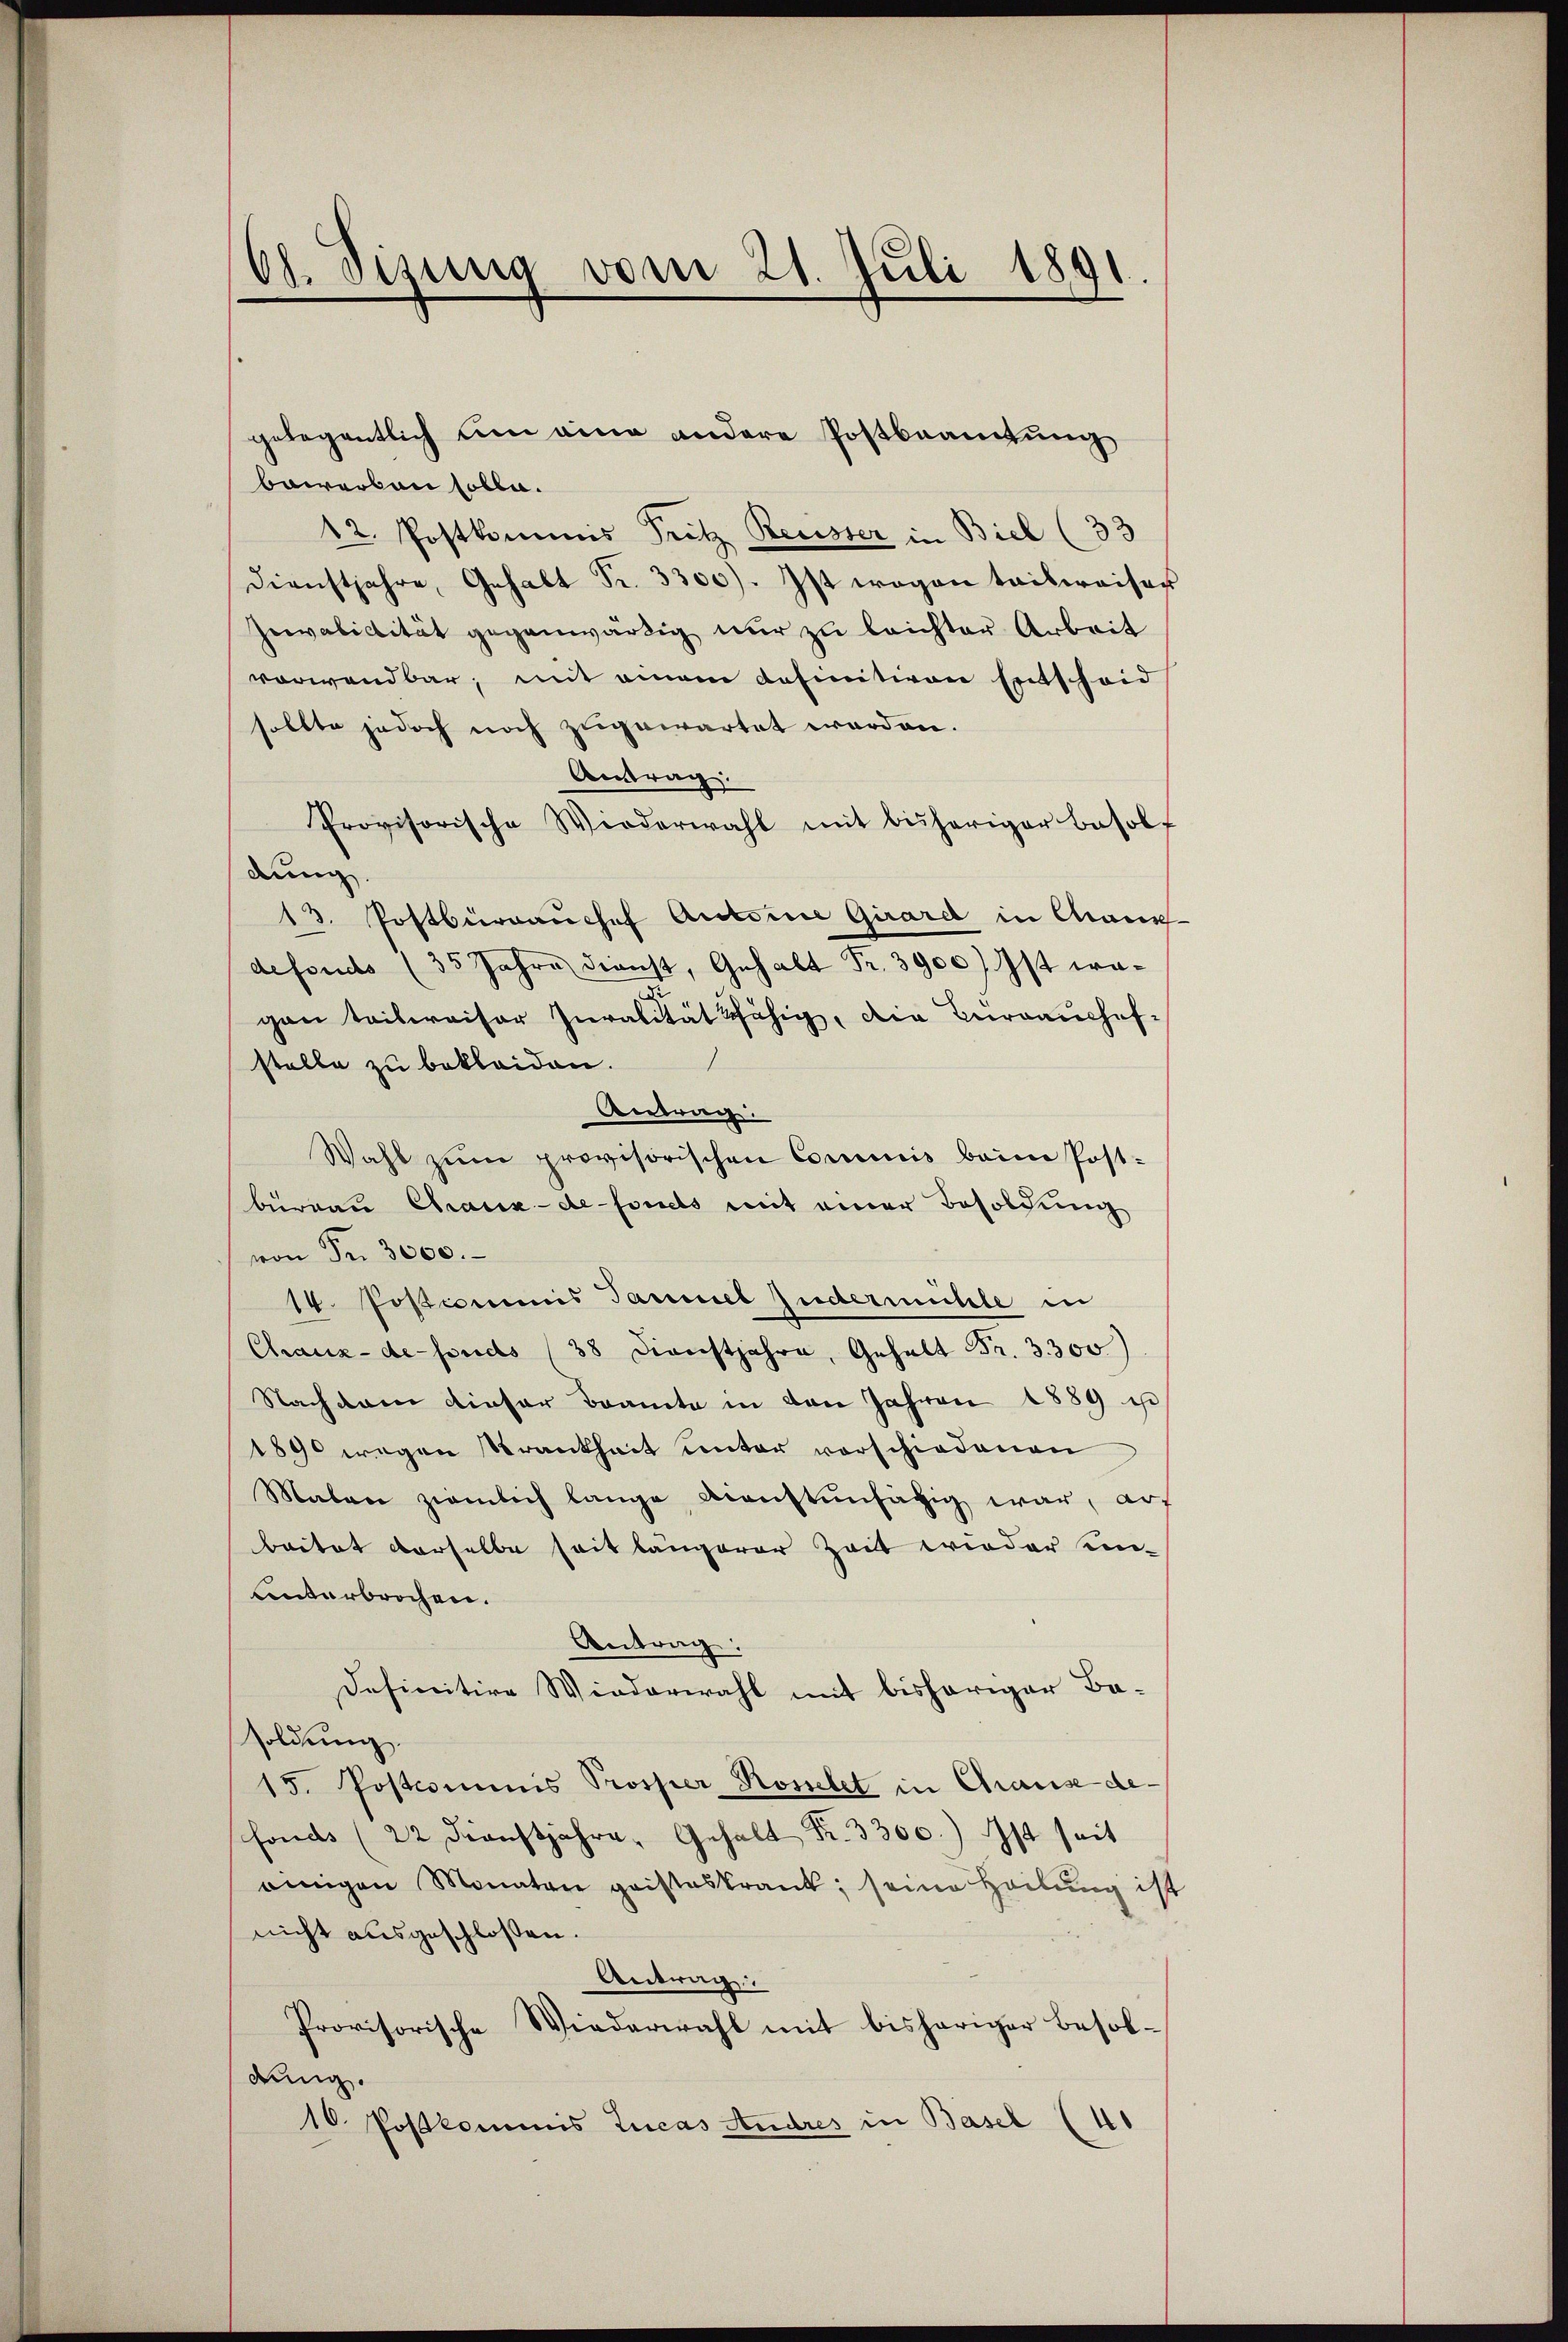
Ch. Sizung vom 21. Juli 1891

gelegentlich um eine andere Postbeamtung
bewerben solle.
12. Postkommis Tritz Reusser in Biel (33
Dienstjahre, Gehalt Fr. 3300). Ist wegen teilweiser
Invalidität gegenwärtig nur zu leichter Arbeit
vorwandbar, mit einem definitiven Entscheid
sollte jedoch noch zugewartet worden.
Autrag.
Provisorische Wiederwahl mit bisheriger Besol
dung.
13. Postbüraŭchef Antoine Girard in Chaux
defonds (35 Jahre dienst, Gehalt Fr. 3900) Ist wagen teilweiser Juralität fähig, die Terrauchef-
stelle zu bekleiden.
Bertrag:
Wahl zum provisorischen Commis beim Post-
büreau Chaux-de-Fonds mit einer Besoldung
von Fr. 3000.
1. Postimmis Jammel Judermühle in
Chaux-de-puds (38 Dienstjahre, Gehalt Fr. 3300)
Nachdem dieser Beamte in den Jahren 1889 u
1890 wegen Krankheit unter vorschiedenen
Maben ziemlich lange menstenfähig war, auf
baitat derselbe seit längerer Zeit wieder un-
Unterbrochen.
Antrag:
Definitive Wiederwahl mit bisheriger Be-
soldung.
15. Postcommis Prosper Rosselet in Chause defonds (22 Dienstjahre Gehalt Fr. 3300.) Ist seit
einigen Monaten geisteskrank, seine Heilŭng ist
nicht ausgeschlossen.
Antrag:
Provisorische Wiederwahl mit bisheriger Besoldung.
10 Postkommis Lucas Andres in Basel (41